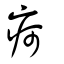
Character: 疴